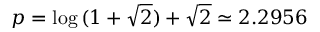
p = \log { ( 1 + \sqrt { 2 } ) } + \sqrt { 2 } \simeq 2 . 2 9 5 6